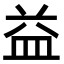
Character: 益